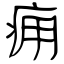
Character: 痈